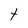
Character: t